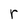
Character: r